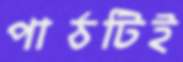
পাঠটিই